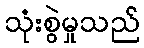
သုံးစွဲမှုသည်